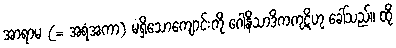
အာရာမ (= အရံအကာ) မရှိသောကျောင်းကို ဂေါနိသာဒိကကုဋိဟု ခေါ်သည်။ ထို